Annual report of the Punjab Veterinary College and of the Civil Veterinary Department, Punjab - 1894-1908
Year: 1894
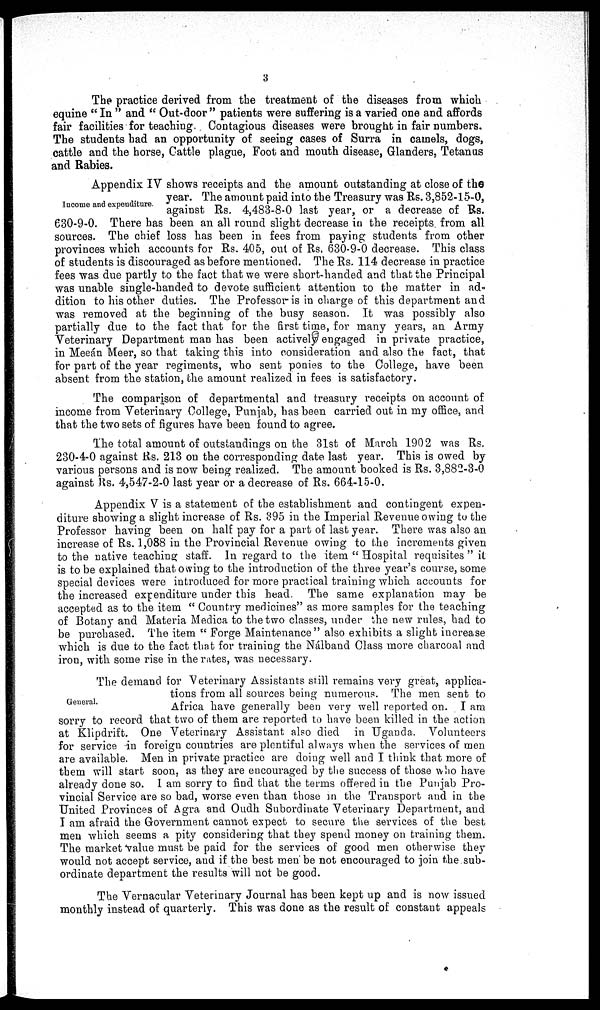
3
The practice derived from the treatment of the diseases from which
equine "In" and "Out-door" patients were suffering is a varied one and affords
fair facilities for teaching. Contagious diseases were brought in fair numbers.
The students had an opportunity of seeing cases of Surra in camels, dogs,
cattle and the horse, Cattle plague, Foot and mouth disease, Glanders, Tetanus
and Rabies.
Income and expenditure.
Appendix IV shows receipts and the amount outstanding at close of the
year. The amount paid into the Treasury was Rs. 3,852-15-0,
against Rs. 4,483-8-0 last year, or a decrease of Rs.
630-9-0. There has been an all round slight decrease in the receipts from all
sources. The chief loss has been in fees from paying students from other
provinces which accounts for Rs. 405, out of Rs. 630-9-0 decrease. This class
of students is discouraged as before mentioned. The Rs. 114 decrease in practice
fees was due partly to the fact that we were short-handed and that the Principal
was unable single-handed to devote sufficient attention to the matter in ad-
dition to his other duties. The Professor is in charge of this department and
was removed at the beginning of the busy season. It was possibly also
partially due to the fact that for the first time, for many years, an Army
Veterinary Department man has been actively engaged in private practice,
in Meeán Meer, so that taking this into consideration and also the fact, that
for part of the year regiments, who sent ponies to the College, have been
absent from the station, the amount realized in fees is satisfactory.
The comparison of departmental and treasury receipts on account of
income from Veterinary College, Punjab, has been carried out in my office, and
that the two sets of figures have been found to agree.
The total amount of outstandings on the 31st of March 1902 was Rs.
230-4-0 against Rs. 213 on the corresponding date last year. This is owed by
various persons and is now being realized. The amount booked is Rs. 3,882-3-0
against Rs. 4,547-2-0 last year or a decrease of Rs. 664-15-0.
Appendix V is a statement of the establishment and contingent expen-
diture showing a slight increase of Rs. 395 in the Imperial Revenue owing to the
Professor having been on half pay for a part of last year. There was also an
increase of Rs. 1,088 in the Provincial Revenue owing to the increments given
to the native teaching staff. In regard to the item "Hospital requisites" it
is to be explained that owing to the introduction of the three year's course, some
special devices were introduced for more practical training which accounts for
the increased expenditure under this head. The same explanation may be
accepted as to the item "Country medicines" as more samples for the teaching
of Botany and Materia Medica to the two classes, under the new rules, had to
be purchased. The item "Forge Maintenance" also exhibits a slight increase
which is due to the fact that for training the Nálband Class more charcoal and
iron, with some rise in the rates, was necessary.
General.
The demand for Veterinary Assistants still remains very great, applica-
tions from all sources being numerous. The men sent to
Africa have generally been very well reported on. I am
sorry to record that two of them are reported to have been killed in the action
at Klipdrift. One Veterinary Assistant also died in Uganda. Volunteers
for service in foreign countries are plentiful always when the services of men
are available. Men in private practice are doing well and I think that more of
them will start soon, as they are encouraged by the success of those who have
already done so. I am sorry to find that the terms offered in the Punjab Pro-
vincial Service are so bad, worse even than those in the Transport and in the
United Provinces of Agra and Oudh Subordinate Veterinary Department, and
I am afraid the Government cannot expect to secure the services of the best
men which seems a pity considering that they spend money on training them.
The market value must be paid for the services of good men otherwise they
would not accept service, and if the best men be not encouraged to join the sub-
ordinate department the results will not be good.
The Vernacular Veterinary Journal has been kept up and is now issued
monthly instead of quarterly. This was done as the result of constant appeals